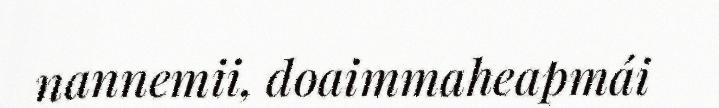
nannemii, doaimmaheapmái